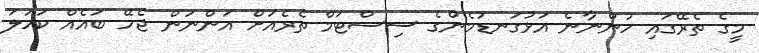
މީގެ ތެރޭގައި ހުންނާނެ އަޅުގަނޑުމެންގެ ސިސްޓަމް ތެރެއަށް އަންނަން ޖެހޭ ބައެއް ކަހަލަ